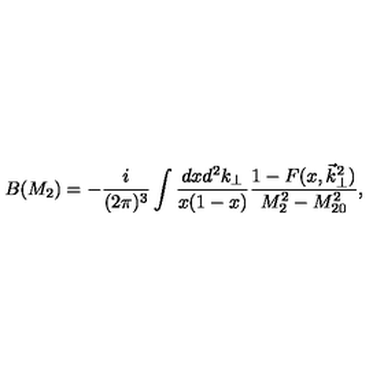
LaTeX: B ( M _ { 2 } ) = - \frac { i } { ( 2 \pi ) ^ { 3 } } \int \frac { d x d ^ { 2 } k _ { \perp } } { x ( 1 - x ) } \frac { 1 - F ( x , \vec { k } _ { \perp } ^ { 2 } ) } { M _ { 2 } ^ { 2 } - M _ { 2 0 } ^ { 2 } } ,